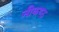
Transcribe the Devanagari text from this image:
नीकण्ठ